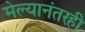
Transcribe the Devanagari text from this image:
मेल्यानंतरही